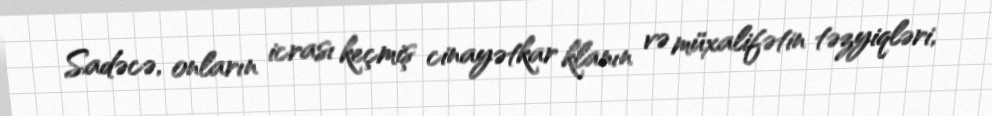
Sadəcə, onların icrası keçmiş cinayətkar klanın və müxalifətin təzyiqləri,